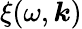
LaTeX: \xi(\omega,\boldsymbol{k})